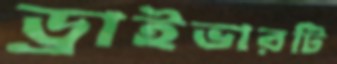
ড্রাইভারটি